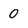
Character: 0